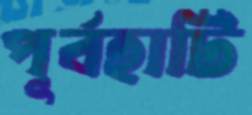
পূর্বহাটি